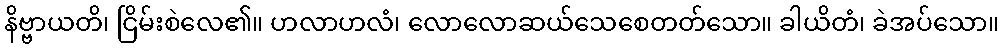
နိဗ္ဗာယတိ၊ ငြိမ်းစဲလေ၏။ ဟလာဟလံ၊ လောလောဆယ်သေစေတတ်သော။ ခါယိတံ၊ ခဲအပ်သော။